Leaving Certificate Examination, 1922
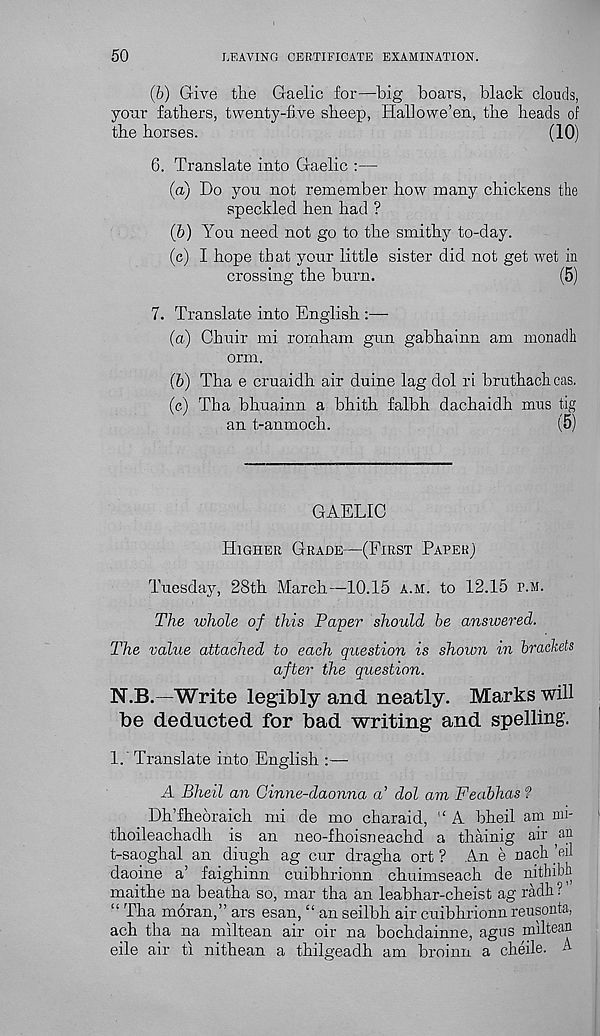
50
LEAVING CERTIFICATE EXAMINATION.
(b) Give the Gaelic for—big boars, black clouds,
your fathers, twenty-five sheep, Hallowe’en, the heads of
the horses.
(10)
6. Translate into Gaelic :—
(а) Ho you not remember how many chickens the
speckled hen had ?
(б) You need not go to the smithy to-day.
(c) I hope that your little sister did not get wet in
crossing the burn.
(5)
7. Translate into English :—
(а) Chuir mi rornham gun gabhainn am monadh
orm.
(б) Tha e cruaidh air duine lag dol ri bruthach cas.
(c) Tha bhuainn a bhith falbh dachaidh mus tig
an t-anmoch.
(5)
GAELIC
Higher Grade—(First Paper)
Tuesday, 28th March—10.15 a.m. to 12.15 r.M.
The whole of this Paper should he answered.
The value attached to each question is shown in brackets
after the question.
N.B.—Write legibly and neatly. Marks will
be deducted for bad writing and spelling.
1. Translate into English :—
A Bheil an Cinne-daonna a’ dol am Feabhas ?
Dh’fheoraich mi de mo charaid, “ A bheil am mi-
thoileachadh is an neo-fhoisneachd a thainig air an
t-saoghal an diugh ag cur dragha ort ? An e nach ’eil
daoine a’ faighinn cuibhrionn chuimseach de nithibh
maithe na beatha so, mar tha an leabhar-cheist ag radh ? ’
“ Tha moran,” ars esan, “ an seilbh air cuibhrionn reusonta,
ach tha na miltean air oir na bochdainne, agus miltean
eile air ti nithean a thilgeadh am broinn a cheile. A